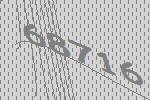
68716